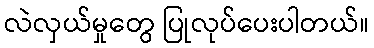
လဲလှယ်မှုတွေ ပြုလုပ်ပေးပါတယ်။